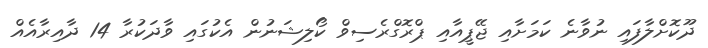
ދޫކޮށްލާފައި ނުވާނެ ކަމަށާއި ޖޭޕީއާއި ޕްރޮގްރެސިވް ކޯލިޝަނުން އެކުގައި ވާދަކުރާ 14 ދާއިރާއެއް